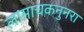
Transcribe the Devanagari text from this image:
लामाचकनुनरा